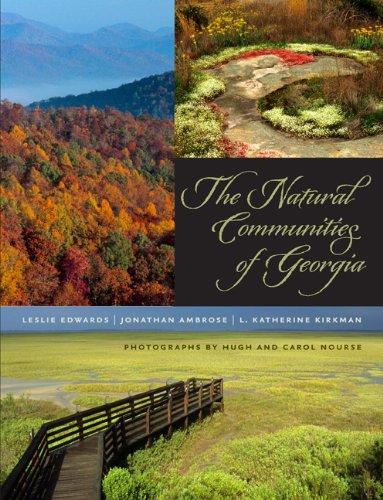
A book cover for The Natural Communities of Georgia; Leslie Edwards; Sports & Outdoors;